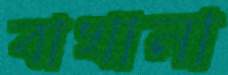
বাখানা